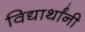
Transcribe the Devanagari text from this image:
विद्यार्थांनी